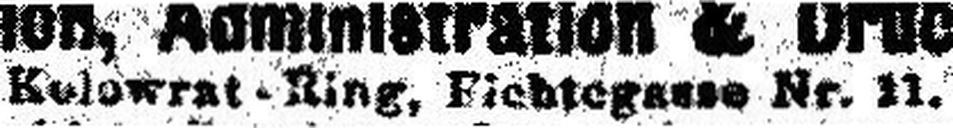
Kolowrat-Ring, Fichtegasse Nr. 11.